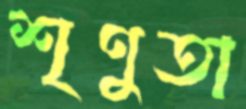
শৃণুতা